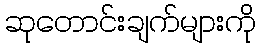
ဆုတောင်းချက်များကို